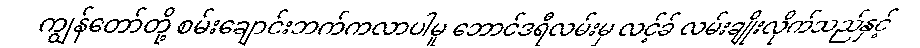
ကျွန်တော်တို့ စမ်းချောင်းဘက်ကလာပါမူ ဘောင်ဒရီလမ်းမှ လင့်ခ် လမ်းချိုးလိုက်သည်နှင့်